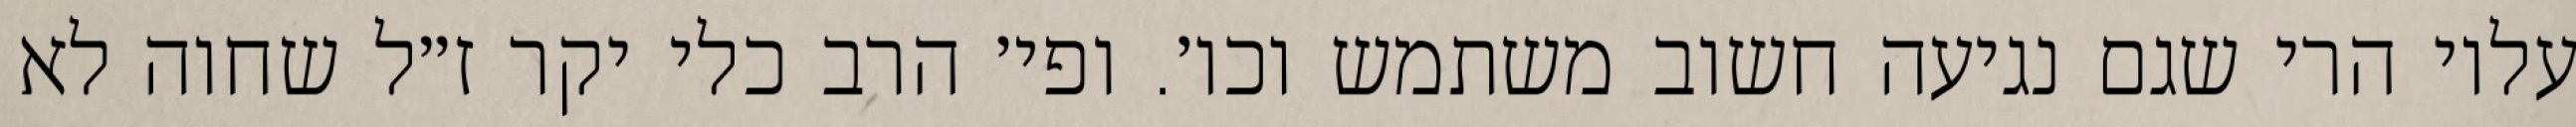
עליו הרי שגם נגיעה חשוב משתמש וכו׳. ופי׳ הרב כלי יקר ז״ל שחוה לא